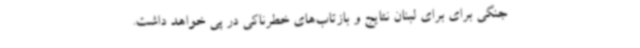
جنگی برای برای لبنان نتایج و بازتاب‌های خطرناکی در پی خواهد داشت.